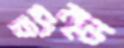
ফ্রন্ড